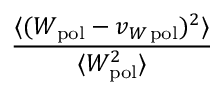
\frac { \langle ( W _ { \mathrm { p o l } } - v _ { W \, \mathrm { p o l } } ) ^ { 2 } \rangle } { \langle W _ { \mathrm { p o l } } ^ { 2 } \rangle }